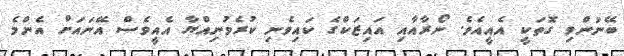
ބޭނުންވި ގޮތަކީ އެއީއެވެ. ނޯރާއާއި އައިޒަކްގެ ކައިވެނި ކުރެވުނިއްޔާ އެއީވެސް އޭނައަށް އެންމެ